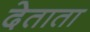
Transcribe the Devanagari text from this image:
देताता